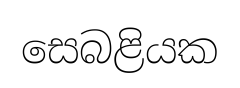
සෙබළියක